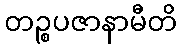
တဉ္စပဇာနာမီတိ